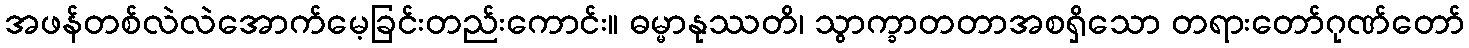
အဖန်တစ်လဲလဲအောက်မေ့ခြင်းတည်းကောင်း။ ဓမ္မာနုဿတိ၊ သွာက္ခာတတာအစရှိသော တရားတော်ဂုဏ်တော်